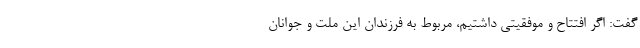
گفت: اگر افتتاح و موفقیتی داشتیم، مربوط به فرزندان این ملت و جوانان